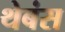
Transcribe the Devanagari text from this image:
थेबंस